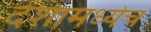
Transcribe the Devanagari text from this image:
देशामध्येच